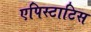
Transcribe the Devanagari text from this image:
एपिस्टाटिस